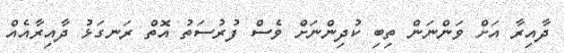
ދާއިރާ އަށް ވަންނަން ތިބި ކުދިންނަށް ވެސް ފުރުސަތު އޮތް ރަނގަޅު ދާއިރާއެއް